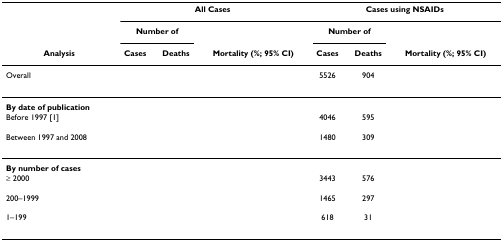
<table><thead><tr><td>[EMPTY_CELL]</td><td colspan="3"><b>All Cases</b></td><td colspan="3"><b>Cases using NSAIDs</b></td></tr><tr><td>[EMPTY_CELL]</td><td colspan="2"><b>Number of</b></td><td>[EMPTY_CELL]</td><td colspan="2"><b>Number of</b></td><td>[EMPTY_CELL]</td></tr><tr><td><b>Analysis</b></td><td><b>Cases</b></td><td><b>Deaths</b></td><td><b>Mortality (%; 95% CI)</b></td><td><b>Cases</b></td><td><b>Deaths</b></td><td><b>Mortality (%; 95% CI)</b></td></tr></thead><tbody><tr><td>Overall</td><td>[EMPTY_CELL]</td><td>[EMPTY_CELL]</td><td>[EMPTY_CELL]</td><td>5526</td><td>904</td><td>[EMPTY_CELL]</td></tr><tr><td><b>By date of publication</b></td><td>[EMPTY_CELL]</td><td>[EMPTY_CELL]</td><td>[EMPTY_CELL]</td><td>[EMPTY_CELL]</td><td>[EMPTY_CELL]</td><td>[EMPTY_CELL]</td></tr><tr><td>Before 1997 [1]</td><td>[EMPTY_CELL]</td><td>[EMPTY_CELL]</td><td>[EMPTY_CELL]</td><td>4046</td><td>595</td><td>[EMPTY_CELL]</td></tr><tr><td>Between 1997 and 2008</td><td>[EMPTY_CELL]</td><td>[EMPTY_CELL]</td><td>[EMPTY_CELL]</td><td>1480</td><td>309</td><td>[EMPTY_CELL]</td></tr><tr><td><b>By number of cases</b></td><td>[EMPTY_CELL]</td><td>[EMPTY_CELL]</td><td>[EMPTY_CELL]</td><td>[EMPTY_CELL]</td><td>[EMPTY_CELL]</td><td>[EMPTY_CELL]</td></tr><tr><td>≥ 2000</td><td>[EMPTY_CELL]</td><td>[EMPTY_CELL]</td><td>[EMPTY_CELL]</td><td>3443</td><td>576</td><td>[EMPTY_CELL]</td></tr><tr><td>200–1999</td><td>[EMPTY_CELL]</td><td>[EMPTY_CELL]</td><td>[EMPTY_CELL]</td><td>1465</td><td>297</td><td>[EMPTY_CELL]</td></tr><tr><td>1–199</td><td>[EMPTY_CELL]</td><td>[EMPTY_CELL]</td><td>[EMPTY_CELL]</td><td>618</td><td>31</td><td>[EMPTY_CELL]</td></tr></tbody></table>